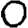
Digit: 0